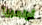
أولمبيا